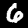
Digit: 6